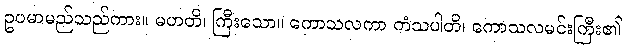
ဥပမာမည်သည်ကား။ မဟတိ၊ ကြီးသော။ ကောသလကာ ကံသပါတိ၊ ကောသလမင်းကြီး၏